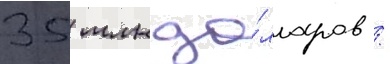
35 млн до́лларов /